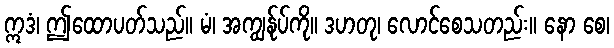
ဣဒံ၊ ဤထောပတ်သည်။ မံ၊ အကျွန်ုပ်ကို။ ဒဟတု၊ လောင်စေသတည်း။ နော စေ၊